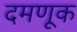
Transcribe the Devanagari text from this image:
दमणूक